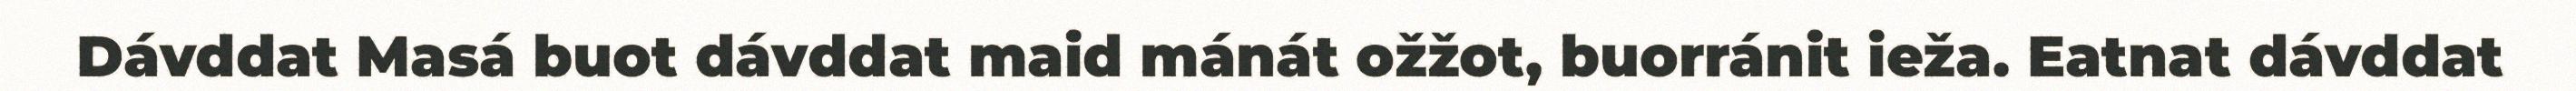
Dávddat Masá buot dávddat maid mánát ožžot, buorránit ieža. Eatnat dávddat